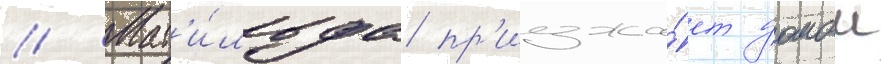
// Мат'и́льда пр'иезжа́ет домои